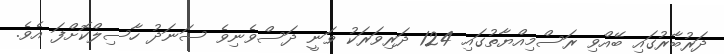
ދަރުބާރުގައި ބޭއްވި ރަސްމިއްޔާތުގައި 124 ދަރިވަރަކު ވަނީ ދަސްވެނިވެ ސަނަދު ހާސިލްކޮށްފަ އެވެ.